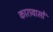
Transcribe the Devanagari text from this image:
कारावासों